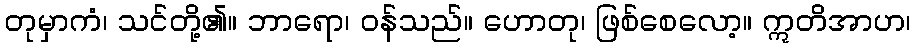
တုမှာကံ၊ သင်တို့၏။ ဘာရော၊ ဝန်သည်။ ဟောတု၊ ဖြစ်စေလော့။ ဣတိအာဟ၊